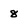
Character: 8